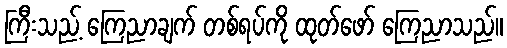
ကြီးသည့် ကြေညာချက် တစ်ရပ်ကို ထုတ်ဖော် ကြေညာသည်။